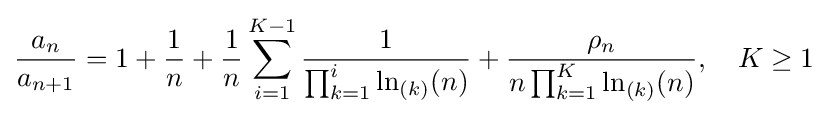
{\frac {a_{n}}{a_{n+1}}}=1+{\frac {1}{n}}+{\frac {1}{n}}\sum _{i=1}^{K-1}{\frac {1}{\prod _{k=1}^{i}\ln _{(k)}(n)}}+{\frac {\rho _{n}}{n\prod _{k=1}^{K}\ln _{(k)}(n)}},\quad K\geq 1